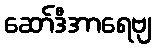
ဆော်ဒီအာရေဗျ